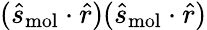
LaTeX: (\hat{s}_{\mathrm{mol}}\cdot\hat{r})(\hat{s}_{\mathrm{mol}}\cdot\hat{r})